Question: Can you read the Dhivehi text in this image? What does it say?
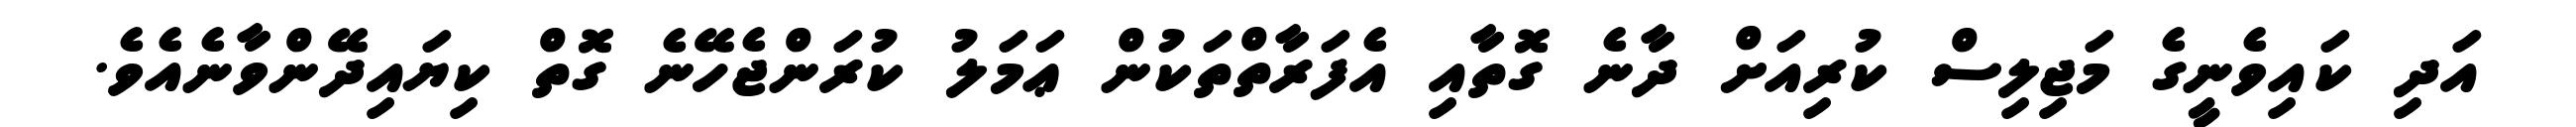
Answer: އަދި ކައިވެނީގެ މަޖިލިސް ކުރިއަށް ދާނެ ގޮތާއި އެފަރާތްތަކުން ޢަމަލު ކުރަންޖެހޭނެ ގޮތް ކިޔައިދޭންވާނެއެވެ.